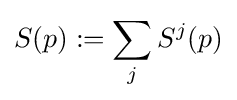
S(p):=\sum _{j}S^{j}(p)